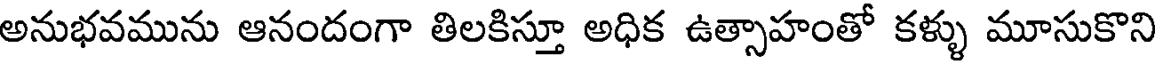
అనుభవమును ఆనందంగా తిలకిస్తూ అధిక ఉత్సాహంతో కళ్ళు మూసుకొని